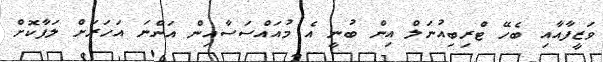
ވަޒީފާއާއި ބެހޭ ޓްރިބިއުނަލް އިން ބުނީ އެ މުއައްސަސާއިން އަންނަ އަހަރަށް ލަފާކޮށް